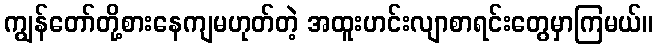
ကျွန်တော်တို့စားနေကျမဟုတ်တဲ့ အထူးဟင်းလျာစာရင်းတွေမှာကြမယ်။